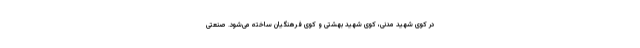
در کوی شهید مدنی، کوی شهید بهشتی و کوی فرهنگیان ساخته می‌شود. صنعتی